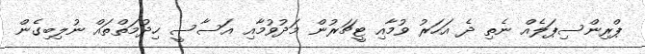
ޕްރިންސިޕަލެއް ނެތި ދެ އަހަރު ވުމާއި ޓީޗަރުން މަދުވުމާއި އަސާސީ ހިދުމަތްތައް ނުލިބިގެން